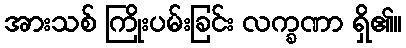
အားသစ် ကြိုးပမ်းခြင်း လက္ခဏာ ရှိ၏။